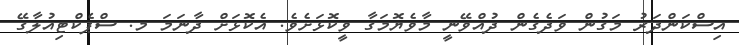
އިސްކަންދަރު މަގުން ވަދެގެން ދުއްވޭނީ މާވެޔޮމަގާ ވީކޮޅަށެވެ. އެކޮޅަށް ދާނަމަ މ. ސްޕެކްޓިއުލާގޭ